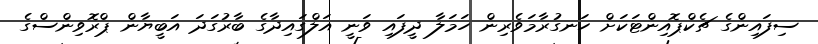
ސިފައިންގެ ޗެކްޕޮއިންޓަކަށް ހަނގުރާމަވެރިން ހަމަލާ ދީފައި ވަނީ އަލްގައިދާގެ ބާރުގަދަ އަބީޔާން ޕްރޮވިންސްގެ